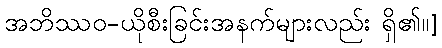
အဘိဿဝ-ယိုစီးခြင်းအနက်များလည်း ရှိ၏။]